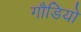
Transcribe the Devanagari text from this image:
गौडियो